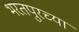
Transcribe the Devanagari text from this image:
भरतपुरच्या